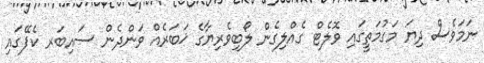
ނަމަވެސް ދިޔަ މަގުމަތީގައި ވޮލެޓް ގެއްލިގެން ލޯބިވެރިޔާގެ ޚަބަރެއް ވަންދެން ސައިބަރ ކެފޭގައި